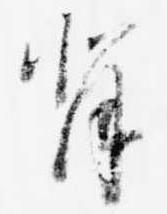
背